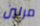
مرلين